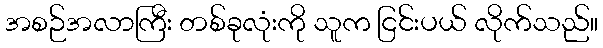
အစဉ်အလာကြီး တစ်ခုလုံးကို သူက ငြင်းပယ် လိုက်သည်။